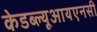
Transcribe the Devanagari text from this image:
केडब्ल्यूआयएनसी